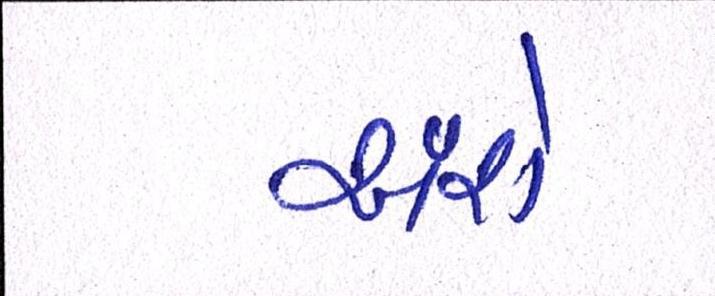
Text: અંશે